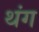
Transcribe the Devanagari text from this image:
थंग